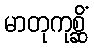
မာတုကုစ္ဆိံ